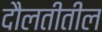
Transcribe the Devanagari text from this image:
दौलतीतील